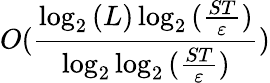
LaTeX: O(\frac{\log_{2}{(L)}\log_{2}{(\frac{ST}{\varepsilon})}}{\log_{2}{\log_{2}{(\frac{ST}{\varepsilon})}}})